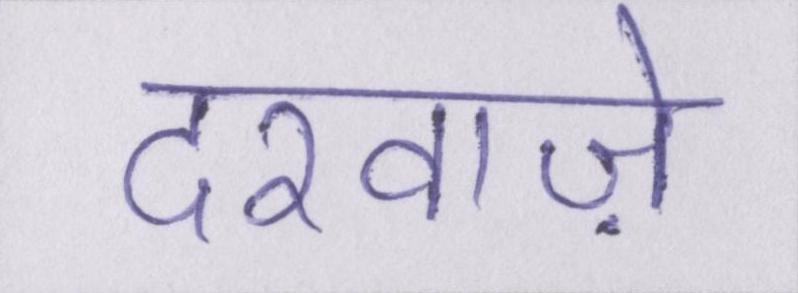
दरवाज़े